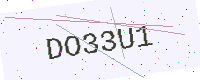
Text: DO33U1